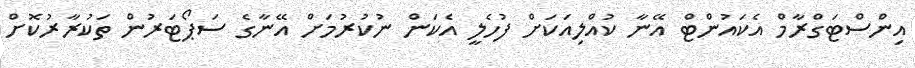
އިންސްޓަގްރާމް އެކައުންޓް އޭނާ ކުއްލިއަކަށް ފުހެލީ އެކަން ނުކުރުމަށް އޭނާގެ ސަޕޯޓަރުން ތަކުރާރުކޮށް